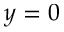
y = 0